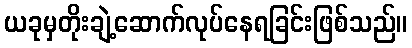
ယခုမှတိုးချဲ့ဆောက်လုပ်နေရခြင်းဖြစ်သည်။